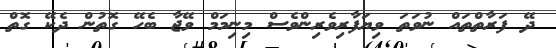
ދޭ ފަރާތްތައް ނުވަތަ ވިޔަފާރިވެރިންވެސް މިނިމަމް ވޭޖާ ބެހޭ ގޮތުން ދެކޭ ގޮތް